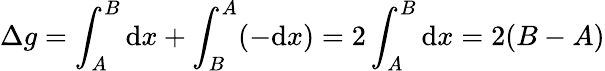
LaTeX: \Delta g=\int_{A}^{B}{\mathrm{d}}x+\int_{B}^{A}(-{\mathrm{d}}x)=2\int_{A}^{B}{\mathrm{d}}x=2(B-A)